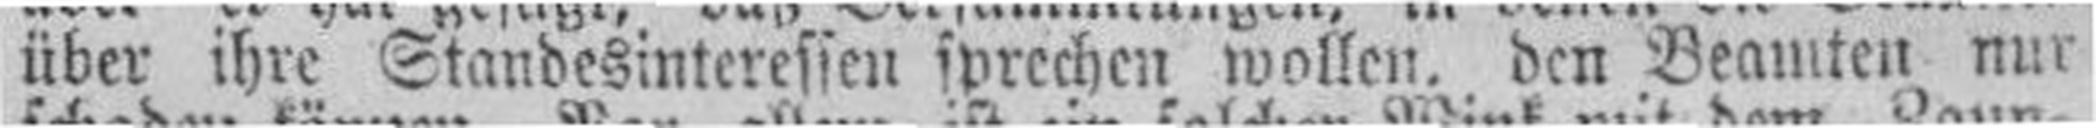
über ihre Standesinteressen sprechen wollen. den Beamten nur